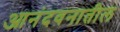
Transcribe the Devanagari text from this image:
आनंदवनातील